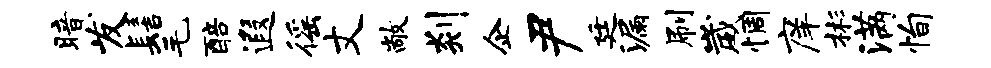
暗发髻毛醅遐徭丈敞剡企尹廷漏刷崴惆庠彬满恂